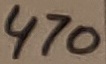
Text: 470